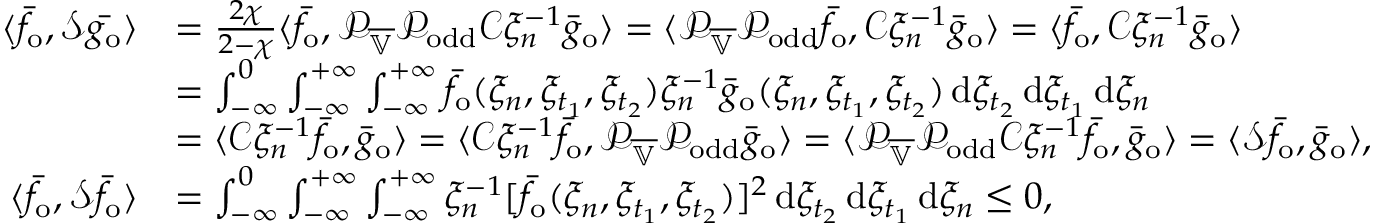
\begin{array} { r l } { \langle \bar { f } _ { \mathrm { o } } , \mathcal { S } \bar { g _ { \mathrm { o } } } \rangle } & { = \frac { 2 \chi } { 2 - \chi } \langle \bar { f } _ { \mathrm { o } } , \mathcal { P } _ { \overline { { \mathbb { V } } } } \mathcal { P } _ { \mathrm { o d d } } \mathcal { C } \xi _ { n } ^ { - 1 } \bar { g } _ { \mathrm { o } } \rangle = \langle \mathcal { P } _ { \overline { { \mathbb { V } } } } \mathcal { P } _ { \mathrm { o d d } } \bar { f } _ { \mathrm { o } } , \mathcal { C } \xi _ { n } ^ { - 1 } \bar { g } _ { \mathrm { o } } \rangle = \langle \bar { f } _ { \mathrm { o } } , \mathcal { C } \xi _ { n } ^ { - 1 } \bar { g } _ { \mathrm { o } } \rangle } \\ & { = \int _ { - \infty } ^ { 0 } \int _ { - \infty } ^ { + \infty } \int _ { - \infty } ^ { + \infty } \bar { f } _ { \mathrm { o } } ( \xi _ { n } , \xi _ { t _ { 1 } } , \xi _ { t _ { 2 } } ) \xi _ { n } ^ { - 1 } \bar { g } _ { \mathrm { o } } ( \xi _ { n } , \xi _ { t _ { 1 } } , \xi _ { t _ { 2 } } ) \, \mathrm { d } \xi _ { t _ { 2 } } \, \mathrm { d } \xi _ { t _ { 1 } } \, \mathrm { d } \xi _ { n } } \\ & { = \langle \mathcal { C } \xi _ { n } ^ { - 1 } \bar { f } _ { \mathrm { o } } , \bar { g } _ { \mathrm { o } } \rangle = \langle \mathcal { C } \xi _ { n } ^ { - 1 } \bar { f } _ { \mathrm { o } } , \mathcal { P } _ { \overline { { \mathbb { V } } } } \mathcal { P } _ { \mathrm { o d d } } \bar { g } _ { \mathrm { o } } \rangle = \langle \mathcal { P } _ { \overline { { \mathbb { V } } } } \mathcal { P } _ { \mathrm { o d d } } \mathcal { C } \xi _ { n } ^ { - 1 } \bar { f } _ { \mathrm { o } } , \bar { g } _ { \mathrm { o } } \rangle = \langle \mathcal { S } \bar { f } _ { \mathrm { o } } , \bar { g } _ { \mathrm { o } } \rangle , } \\ { \langle \bar { f } _ { \mathrm { o } } , \mathcal { S } \bar { f } _ { \mathrm { o } } \rangle } & { = \int _ { - \infty } ^ { 0 } \int _ { - \infty } ^ { + \infty } \int _ { - \infty } ^ { + \infty } \xi _ { n } ^ { - 1 } [ \bar { f } _ { \mathrm { o } } ( \xi _ { n } , \xi _ { t _ { 1 } } , \xi _ { t _ { 2 } } ) ] ^ { 2 } \, \mathrm { d } \xi _ { t _ { 2 } } \, \mathrm { d } \xi _ { t _ { 1 } } \, \mathrm { d } \xi _ { n } \leq 0 , } \end{array}